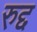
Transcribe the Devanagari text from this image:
रुद्द